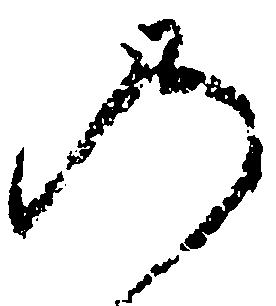
の